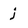
Character: j